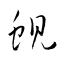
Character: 蜆